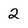
Character: 2